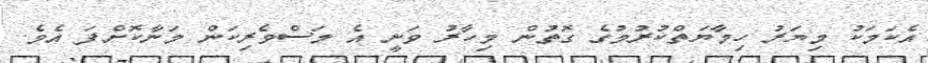
އެކަމަކު މިޔަރު ހިމާޔަތްކުރުމުގެ ގޮތުން މިހާރު ވަނީ އެ މަސްވެރިކަން މަނާކޮށްފަ އެވެ.